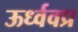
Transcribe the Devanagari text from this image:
ऊर्ध्ववप्र